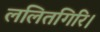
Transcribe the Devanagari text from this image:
ललितगिरि।